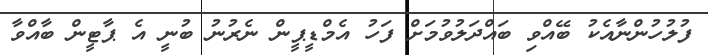
ފުލުހުންނާއެކު ބޭއްވި ބައްދަލުވުމަށް ފަހު އެމްޑީޕީން ނެރުނު ބުނީ އެ ޕާޓީން ބާއްވާ